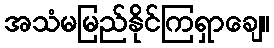
အသံမမြည်နိုင်ကြရှာချေ။